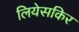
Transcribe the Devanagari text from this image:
लियेसकिर